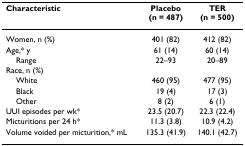
| Characteristic | Placebo(n = 487) | TER(n = 500) |
 | --- | --- | --- |
 | Women, n (%) | 401 (82) | 412 (82) |
 | Age,* y | 61 (14) | 60 (14) |
 | Range | 22–93 | 20–89 |
 | Race, n (%) |  |  |
 | White | 460 (95) | 477 (95) |
 | Black | 19 (4) | 17 (3) |
 | Other | 8 (2) | 6 (1) |
 | UUI episodes per wk* | 23.5 (20.7) | 22.3 (22.4) |
 | Micturitions per 24 h* | 11.3 (3.8) | 10.9 (4.2) |
 | Volume voided per micturition,* mL | 135.3 (41.9) | 140.1 (42.7) |